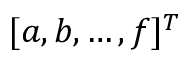
[ a , b , \dots , f ] ^ { T }